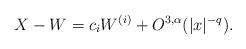
LaTeX: \begin{align*}X - W = c_i W^{(i)} + O^{3,\alpha}(|x|^{-q}). \end{align*}